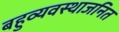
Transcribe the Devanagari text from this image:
बहुव्यवस्थाजनित